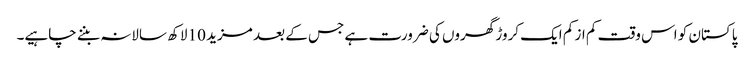
پاکستان کو اس وقت کم از کم ایک کروڑ گھروں کی ضرورت ہے جس کے بعد مزید 10 لاکھ سالانہ بننے چاہیے۔